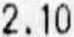
2.10